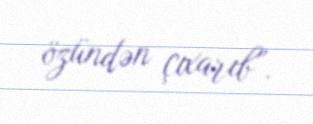
özündən çıxarıb”.